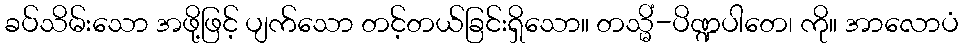
ခပ်သိမ်းသော အဖို့ဖြင့် ပျက်သော တင့်တယ်ခြင်းရှိသော။ တသ္မိံ-ပိဏ္ဍပါတေ၊ ကို။ အာလောပံ